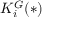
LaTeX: K _ { i } ^ { G } ( * )